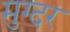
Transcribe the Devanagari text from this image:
मुग्दर